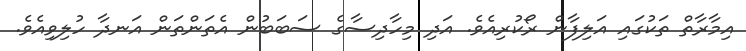
އިމާރާތް ތަކުގައި އަލިފާން ރޯކުރިއެވެ. އަދި މިހާދިސާގެ ސަބަބުން އެތަންތަން އަނދާ ހުލިވިއެވެ.